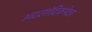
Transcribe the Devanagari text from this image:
अटलांटिकपेक्षा